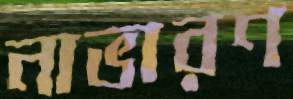
নাভারণ